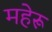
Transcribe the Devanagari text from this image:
महेरू